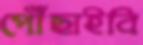
পৌঁছাইবি